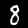
Label: 8